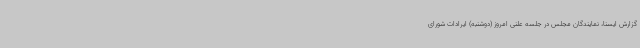
گزارش ایسنا، نمایندگان مجلس در جلسه علنی امروز (دوشنبه) ایرادات شورای